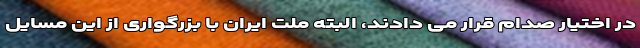
در اختیار صدام قرار می دادند، البته ملت ایران با بزرگواری از این مسایل